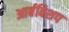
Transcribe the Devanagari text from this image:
आर्बबिशप